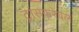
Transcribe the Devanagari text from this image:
ट्रांसफरेबल